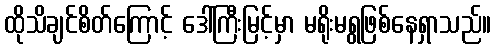
ထိုသိချင်စိတ်ကြောင့် ဒေါ်ကြီးမြင့်မှာ မရိုးမရွဖြစ်နေရှာသည်။